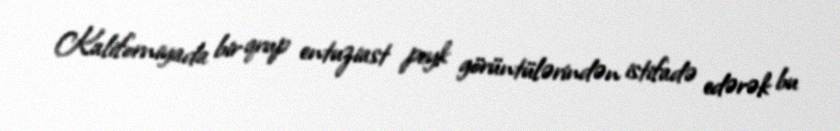
Kaliforniyada bir qrup entuziast peyk görüntülərindən istifadə edərək bu